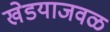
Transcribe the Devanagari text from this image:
खेडयाजवळ